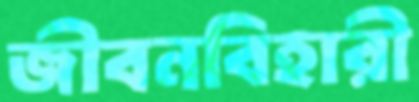
জীবনবিহারী